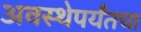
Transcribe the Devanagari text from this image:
अवस्थेपर्यंतचा